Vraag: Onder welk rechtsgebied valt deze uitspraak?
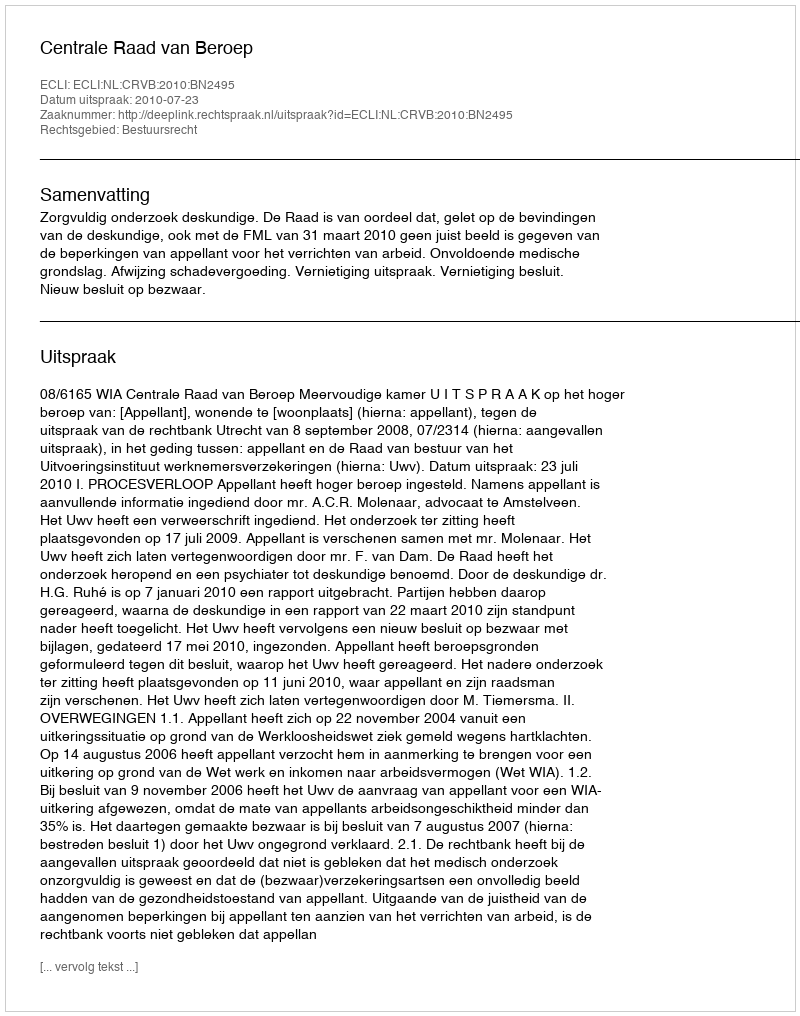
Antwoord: Bestuursrecht